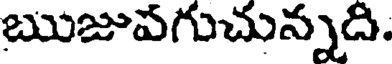
ఋజుపగుచున్నది.